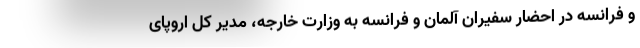
و فرانسه در احضار سفیران آلمان و فرانسه به وزارت خارجه، مدیر کل اروپای